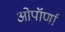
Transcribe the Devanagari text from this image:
ओपॉर्णा